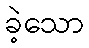
ခဲ့သော